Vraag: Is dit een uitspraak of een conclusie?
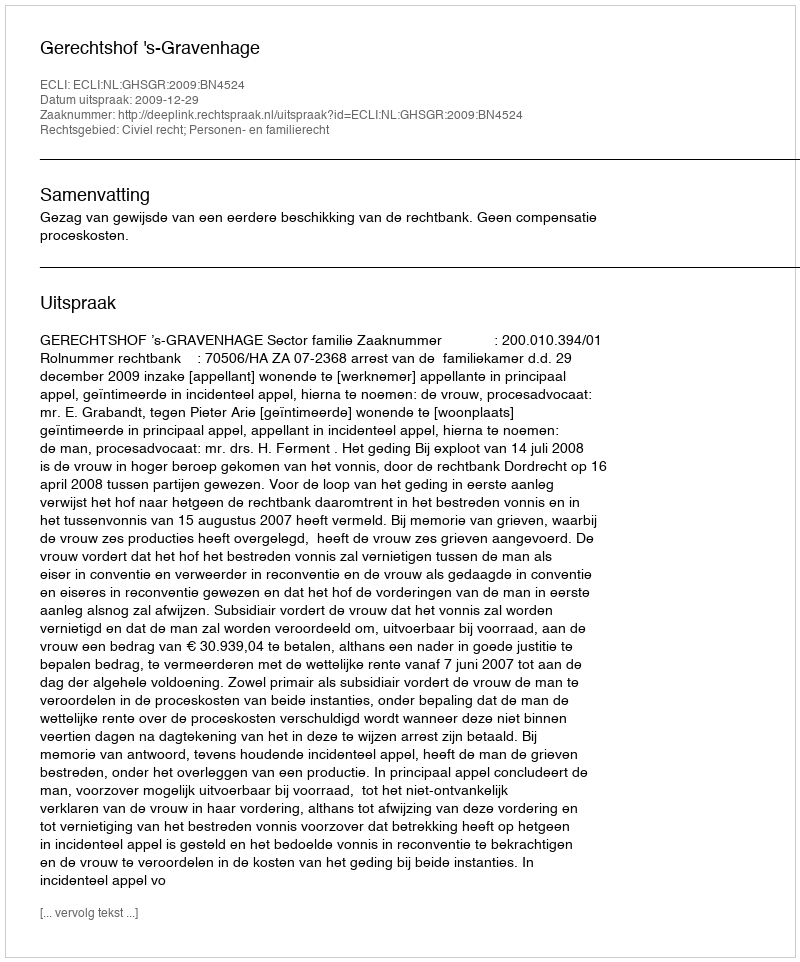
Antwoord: Uitspraak